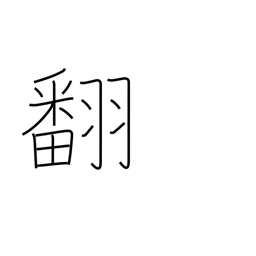
Meaning: change (mind)